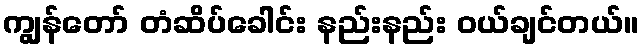
ကျွန်တော် တံဆိပ်ခေါင်း နည်းနည်း ဝယ်ချင်တယ်။